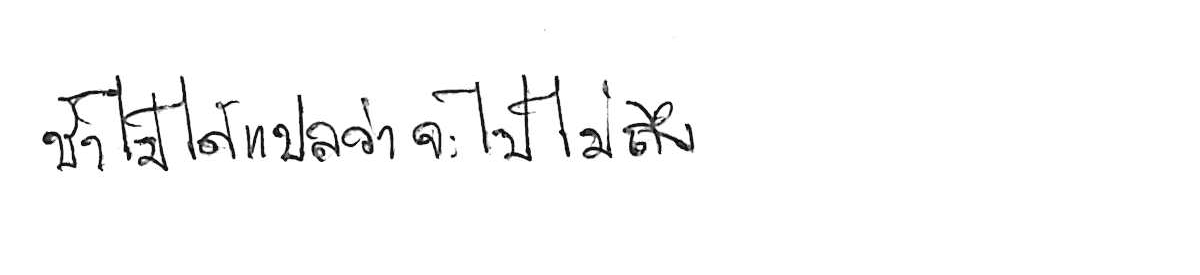
ช้า ไม่ได้แปลว่า จะไปไม่ถึง